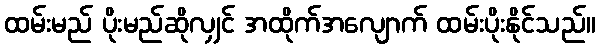
ထမ်းမည် ပိုးမည်ဆိုလျှင် အထိုက်အလျောက် ထမ်းပိုးနိုင်သည်။